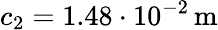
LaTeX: c_{2}=1.48\cdot 10^{-2}\, \mathrm{m}